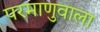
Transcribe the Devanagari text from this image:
परमाणुवाला